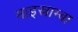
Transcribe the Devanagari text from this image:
माइस्नाम्बा